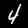
Label: 4